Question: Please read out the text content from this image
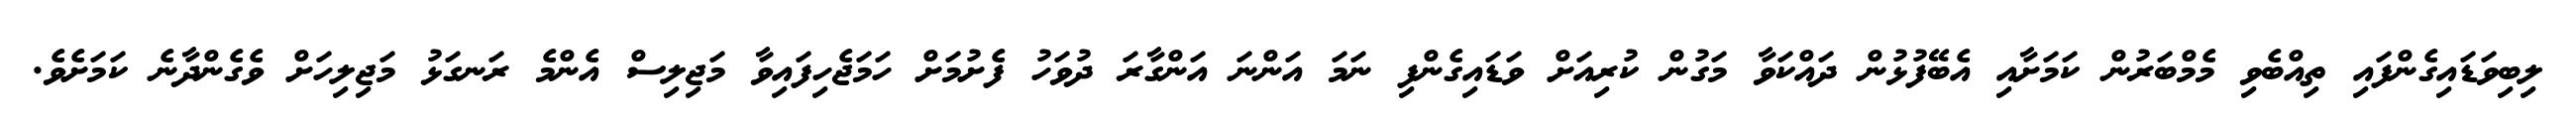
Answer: ލިބިވަޑައިގެންފައި ތިއްބެވި މެމްބަރުން ކަމަށާއި އެބޭފުޅުން ދައްކަވާ މަގުން ކުރިއަށް ވަޑައިގެންފި ނަމަ އަންނަ އަންގާރަ ދުވަހު ފެށުމަށް ހަމަޖެހިފައިވާ މަޖިލިސް އެންމެ ރަނގަޅު މަޖިލިހަށް ވެގެންދާނެ ކަމަށެވެ.